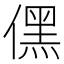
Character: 𠎁